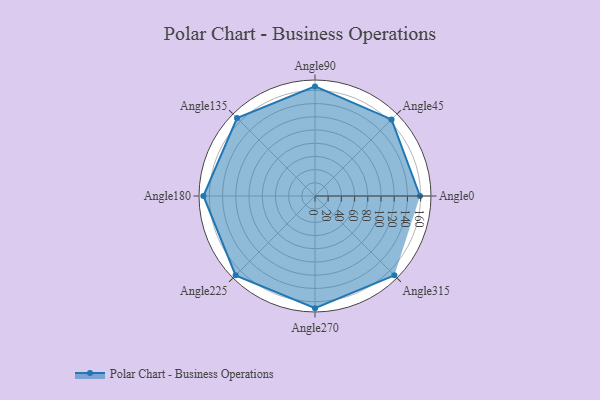
{"axis": {"x": "Angle", "y": "Radius"}, "legend": [""], "data": [{"x": "Angle0", "y": 159.0, "type": ""}, {"x": "Angle45", "y": 164.0, "type": ""}, {"x": "Angle90", "y": 166.0, "type": ""}, {"x": "Angle135", "y": 167.0, "type": ""}, {"x": "Angle180", "y": 169.0, "type": ""}, {"x": "Angle225", "y": 170, "type": ""}, {"x": "Angle270", "y": 170, "type": ""}, {"x": "Angle315", "y": 170, "type": ""}]}